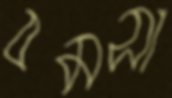
বমসা